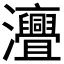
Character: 𤅣